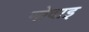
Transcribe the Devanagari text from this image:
मोदाइ